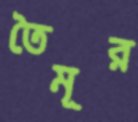
তৈমূর